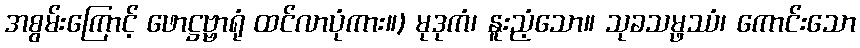
အစွမ်းကြောင့် ဖောဋ္ဌဗ္ဗာရုံ ထင်လာပုံကား။) မုဒုကံ၊ နူးညံ့သော။ သုခသမ္ဖဿံ၊ ကောင်းသော